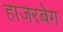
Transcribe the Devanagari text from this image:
हाजरबेग